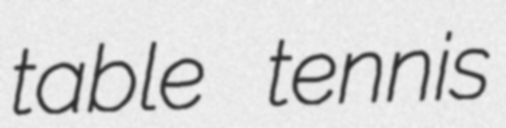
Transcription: table tennis